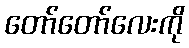
တော်တော်လေးကို